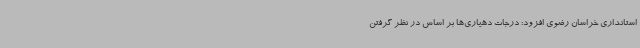
استانداری خراسان رضوی افزود: درجات دهیاری‌ها بر اساس در نظر گرفتن